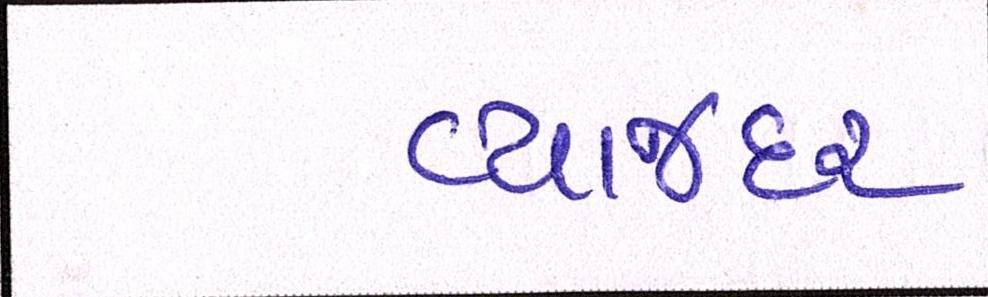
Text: વ્યાજદર